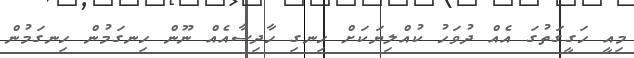
މިއީ ހަގީގަތުގަ އެއް ދުވަހު ކުއްލިޔަކަށް ހިނގި ހާދިސާއެއް ނޫން ހިނގަމުން ހިނގަމުން